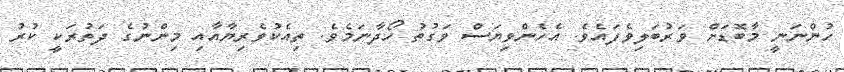
ހުންނަނީ މާބޮޑަށް ވަރުބަލިވެފައެވެ. އެހެންވިޔަސް ވަގުތު ހޯދާނަމެވެ. ތިއެކުވެރިޔާއާއި މިންނުގެ ދަތުރަކީ ކުރު